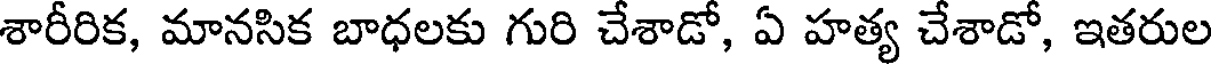
శారీరిక, మానసిక బాధలకు గురి చేశాడో, ఏ హత్య చేశాడో, ఇతరుల